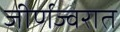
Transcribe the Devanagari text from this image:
जीर्णज्वरात